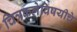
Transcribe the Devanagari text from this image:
चित्रकलेविषयीचे